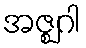
အဇ္ဈဂါ